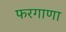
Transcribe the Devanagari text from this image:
फरगाणा